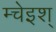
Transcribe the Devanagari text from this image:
म्चेइश्